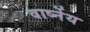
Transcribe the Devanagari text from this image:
वार्ष्नेय